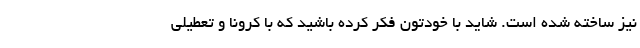
نیز ساخته شده است. شاید با خودتون فکر کرده باشید که با کرونا و تعطیلی